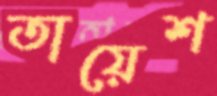
তায়েশ